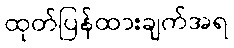
ထုတ်ပြန်ထားချက်အရ